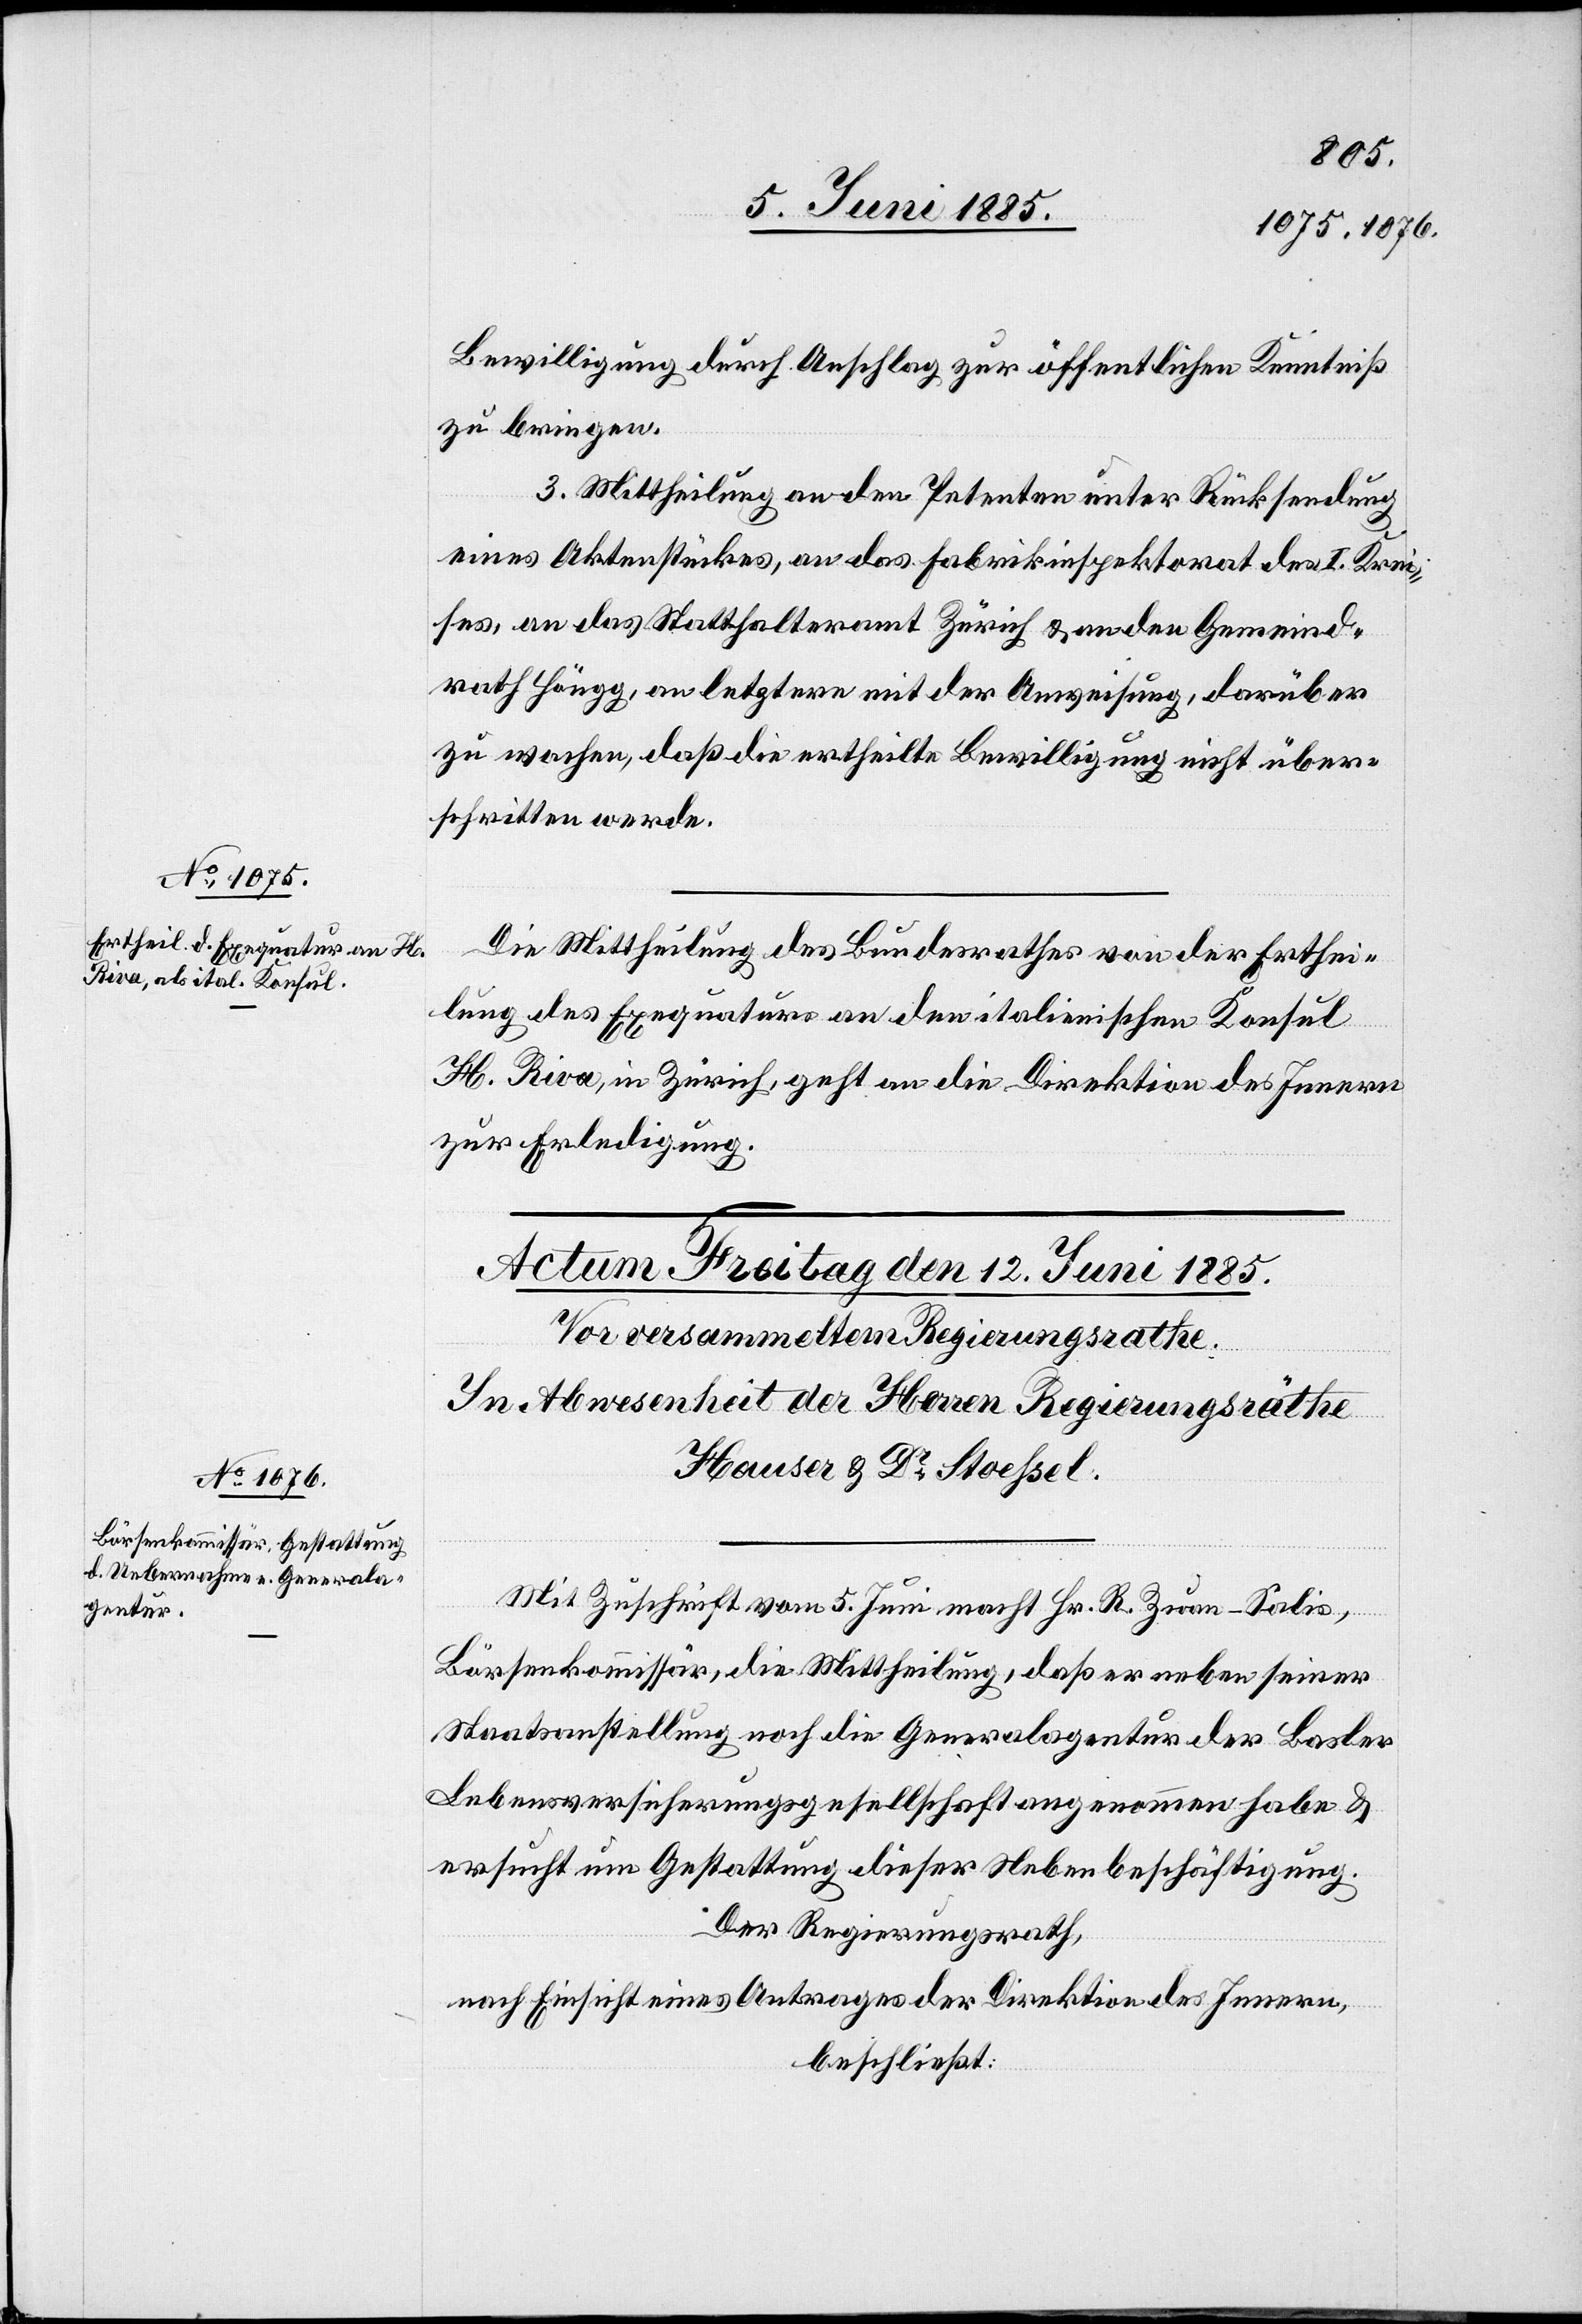
11. Juni 1885.]
Bewilligung durch Anschlag zur öffentlichen Kenntniß
zu bringen.
3. Mittheilung an den Petenten unter Rücksendung
eines Aktenstückes, an das Fabrikinspektorat des I. Krei¬
ses, an das Statthalteramt Zürich & an den Gemeind¬
rath Höngg, an letztern mit der Anweisung, darüber
zu wachen, daß die ertheilte Bewilligung nicht über¬
schritten werde.
Die Mittheilung des Bundesrathes von der Erthei¬
lung des Exequaturs an den italienischen Konsul
H. Riva, in Zürich, geht an die Direktion des Innern
zur Erledigung.
Mit Zuschrift vom 5. Juni macht Hr. R. Zuan-Salis,
Börsenkommissär, die Mittheilung, daß er neben seiner
Staatsanstellung noch die Generalagentur der Basler
Lebensversicherungsgesellschaft angenommen habe &
ersucht um Gestattung dieser Nebenbeschäftigung.
Der Regierungsrath,
nach Einsicht eines Antrages der Direktion des Innern,
beschließt: